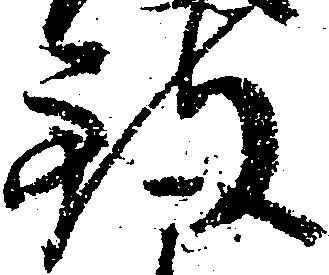
致